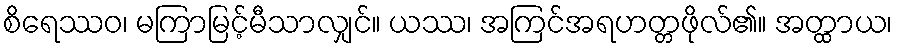
စိရေဿဝ၊ မကြာမြင့်မီသာလျှင်။ ယဿ၊ အကြင်အရဟတ္တဖိုလ်၏။ အတ္ထာယ၊